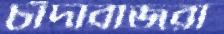
চাঁদাবাজরা